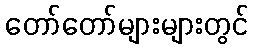
တော်တော်များများတွင်